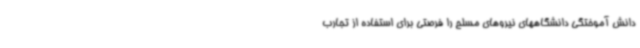
دانش آموختگی دانشگاههای نیروهای مسلح را فرصتی برای استفاده از تجارب